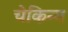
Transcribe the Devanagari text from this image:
चेकिन्ग